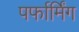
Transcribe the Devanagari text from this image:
पर्फार्मिंग